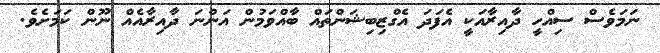
ނަމަވެސް ސިއްހީ ދާއިރާއަކީ އެފަދަ އެގްޒިިބިޝަންތައް ބާއްވަމުން އަންނަ ދާއިރާއެއް ނޫން ކަމަށެވެ.